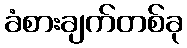
ခံစားချက်တစ်ခု